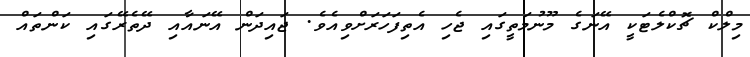
މިލްކް ޗޮކްލެޓަކީ އޭނަގެ މޫނުމަތީގައި ޖެހި އެތިފަހަރަށްވިއެވެ. ޖައިދަން އޭނައާއި ދޭތެރޭގައި ކަންތައް